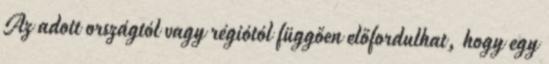
Az adott országtól vagy régiótól függően előfordulhat, hogy egy